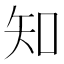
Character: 知